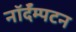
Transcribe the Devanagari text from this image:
नॉर्दॅम्पटन